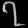
Digit: ၇